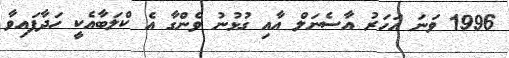
1996 ވަނަ އަހަރު އާސެނަލް އާއި ގުޅުނު ވެންގާ އެ ކްލަބާއެކީ ހަދާފައިވާ